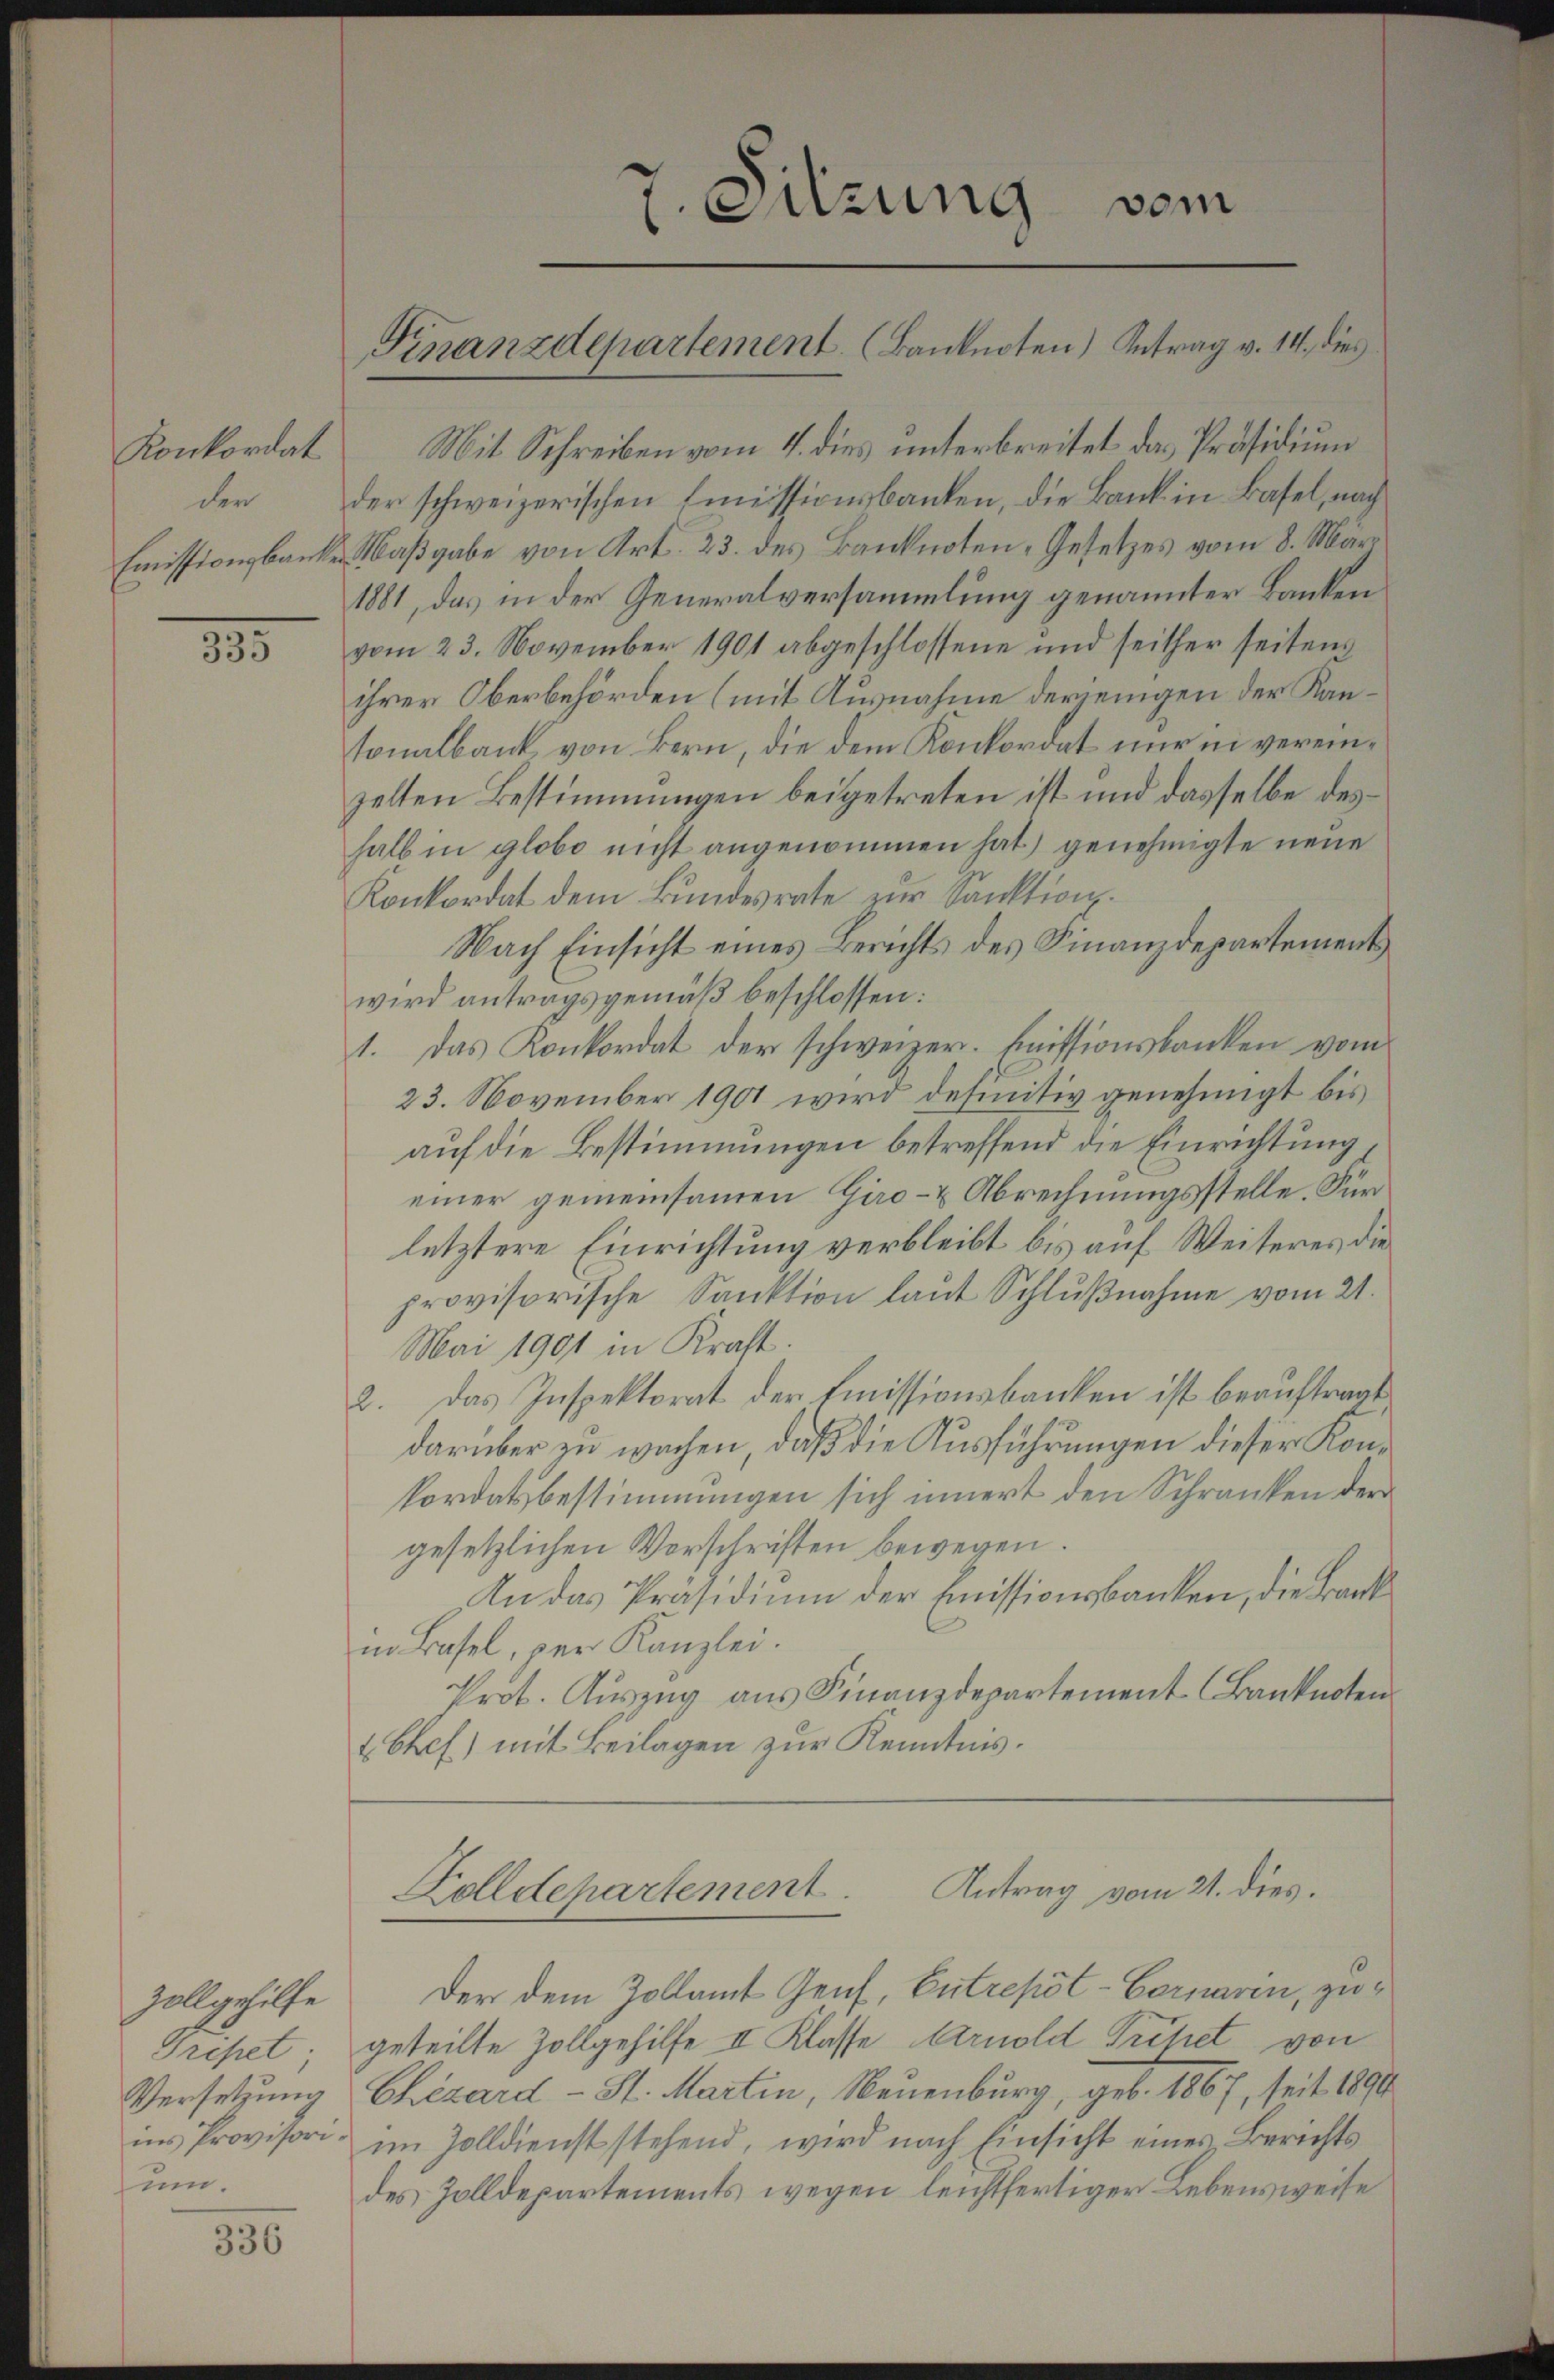
Konkordat
der
Emissionsbanken

335

Zollgehilfe
um.

336

7.
Sitzung vom
Finanzdepartement. (Banknoten) Antrag v. 14. dies

Mit Schreiben vom 4. dies unterbreitet das Präsidium
der schweizerischen Emissionsbanken, die Bank in Basel, nach
Maßgabe von Art. 23. des Banknoten, Gesetzes vom 8. März
1881, das in der Generalversammlung genannter Banken
vom 23. November 1901 abgeschlossene und seither seitens
ihrer Oberbehörden (mit Ausnahme derjenigen der Kantonalbank von Bern, die dem Konkordat nur in vereinzelten Bestimmungen beigetreten ist und dasselbe deshalb in globo nicht angenommen hat) genehmigte neue
Konkordat dem Bundesrate zur Sanktion.
Nach Einsicht eines Berichts des Finanzdepartement
wird antragsgemäß beschlossen:
1. Das Konkordat der schweizer. Emissionsbanken vom
23. November 1901 wird definitiv genehmigt bis
auf die Bestimmungen betreffend die Einrichtung
einer gemeinsamen Giro- & Abrechnungsstelle. Für
letztere Einrichtung verbleibt bis auf Weiteres die
provisorische Sanktion laŭt Schlŭβnahme vom 21.
Mai 1901 in Kraft.
2. Das Inspektorat der Emissionsbanken ist beauftragt
darüber zu wachen, daß die Ausführungen dieser Kon¬
Pordatsbestimmungen sich innert den Schranken der
gesetzlichen Vorschriften bewegen.
An das Präsidium der Emissionsbanken, die Bankin Basel, per Kanzlei.
Prot. Auszug aus Finanzdepartement Banknoten
 Chef) mit Beilagen zur Kenntnis.

Folldepartement. Antrag vom 21. dies.

Der dem Zollamt Genf, Entrepôt-Cornarin, zu¬
Gripet; geteilte Zollgehilfe II Klasse Arnold Triftet von
Versetzung Chézárd - St. Martin, Neuenburg, geb. 1887, seit 1890
ins Provisori im Zolldienst stehend, wird nach Einsicht eines Berichts
des Zolldepartements wegen leichtfertiger Lebensweise